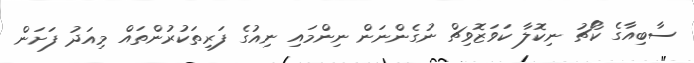
ސާބިއާގެ ކޯޗު ނިކޮލާ ކަވަޒޮވިޗް ނުގެންނަން ނިންމައި ނިއުގެ ފަރިތަކުރުންތައް މިއަދު ފަށަން